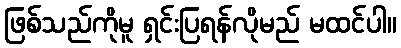
ဖြစ်သည်ကိုမူ ရှင်းပြရန်လိုမည် မထင်ပါ။